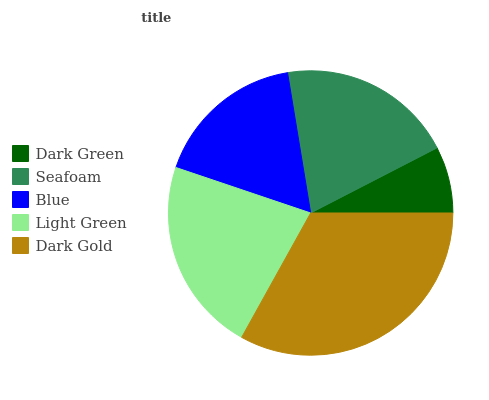
| Dark Green | Seafoam | Blue | Light Green | Dark Gold |
 | --- | --- | --- | --- | --- |
 | 7.57% | 20% | 17.2% | 22.1% | 33.1% |